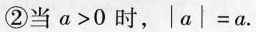
②当α>0时，|a│=a.